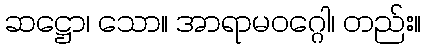
ဆဋ္ဌော၊ သော။ အာရာမဝဂ္ဂေါ၊ တည်း။